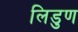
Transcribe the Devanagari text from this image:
लिडुण